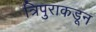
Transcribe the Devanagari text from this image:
त्रिपुराकडून